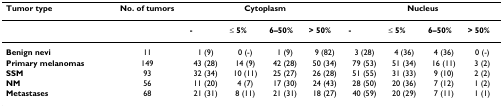
<table><thead><tr><td><b>Tumor type</b></td><td><b>No. of tumors</b></td><td colspan="4"><b>Cytoplasm</b></td><td colspan="4"><b>Nucleus</b></td></tr></thead><tbody><tr><td></td><td></td><td><b>-</b></td><td><b>≤ 5%</b></td><td><b>6–50%</b></td><td><b>&gt; 50%</b></td><td><b>-</b></td><td><b>≤ 5%</b></td><td><b>6–50%</b></td><td><b>&gt; 50%</b></td></tr><tr><td><b>Benign nevi</b></td><td>11</td><td>1 (9)</td><td>0 (-)</td><td>1 (9)</td><td>9 (82)</td><td>3 (28)</td><td>4 (36)</td><td>4 (36)</td><td>0 (-)</td></tr><tr><td><b>Primary melanomas</b></td><td>149</td><td>43 (28)</td><td>14 (9)</td><td>42 (28)</td><td>50 (34)</td><td>79 (53)</td><td>51 (34)</td><td>16 (11)</td><td>3 (2)</td></tr><tr><td><b>SSM</b></td><td>93</td><td>32 (34)</td><td>10 (11)</td><td>25 (27)</td><td>26 (28)</td><td>51 (55)</td><td>31 (33)</td><td>9 (10)</td><td>2 (2)</td></tr><tr><td><b>NM</b></td><td>56</td><td>11 (20)</td><td>4 (7)</td><td>17 (30)</td><td>24 (43)</td><td>28 (50)</td><td>20 (36)</td><td>7 (12)</td><td>1 (2)</td></tr><tr><td><b>Metastases</b></td><td>68</td><td>21 (31)</td><td>8 (11)</td><td>21 (31)</td><td>18 (27)</td><td>40 (59)</td><td>20 (29)</td><td>7 (11)</td><td>1 (1)</td></tr></tbody></table>